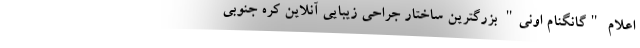
اعلام "گانگنام اونی" بزرگترین ساختار جراحی زیبایی آنلاین کره جنوبی